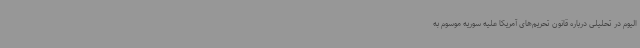
الیوم در تحلیلی درباره قانون تحریم‌های آمریکا علیه سوریه موسوم به